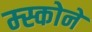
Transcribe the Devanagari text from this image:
म्स्कोने